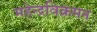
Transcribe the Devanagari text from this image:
महेन्द्रविक्रमन